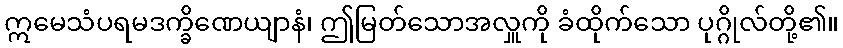
ဣမေသံပရမဒက္ခိဏေယျာနံ၊ ဤမြတ်သောအလှူကို ခံထိုက်သော ပုဂ္ဂိုလ်တို့၏။